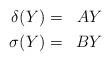
LaTeX: \begin{align*}\begin{aligned}\delta(Y) & = & AY\\\sigma(Y) & = & BY\end{aligned} \end{align*}